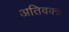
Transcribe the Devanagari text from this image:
अतिवक्त्र